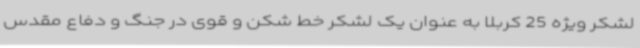
لشکر ویژه 25 کربلا به عنوان یک لشکر خط‌ شکن و قوی در جنگ و دفاع مقدس